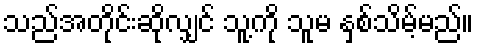
သည်အတိုင်းဆိုလျှင် သူ့ကို သူမ နှစ်သိမ့်မည်။